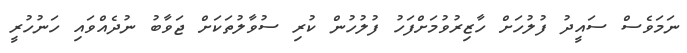
ނަމަވެސް ސައީދު ފުލުހަށް ހާޒިރުވުމަށްފަހު ފުލުހުން ކުރި ސުވާލުތަކަށް ޖަވާބު ނުދެއްވައި ހަނުހުރީ